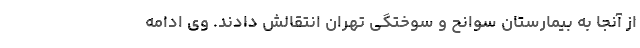
از آنجا به بیمارستان سوانح و سوختگی تهران انتقالش دادند. وی ادامه